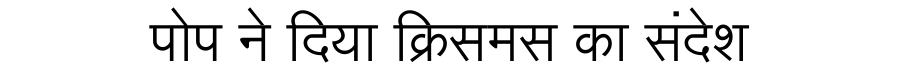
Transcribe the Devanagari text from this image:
पोप ने दिया क्रिसमस का संदेश